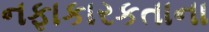
નફાકારકતાના